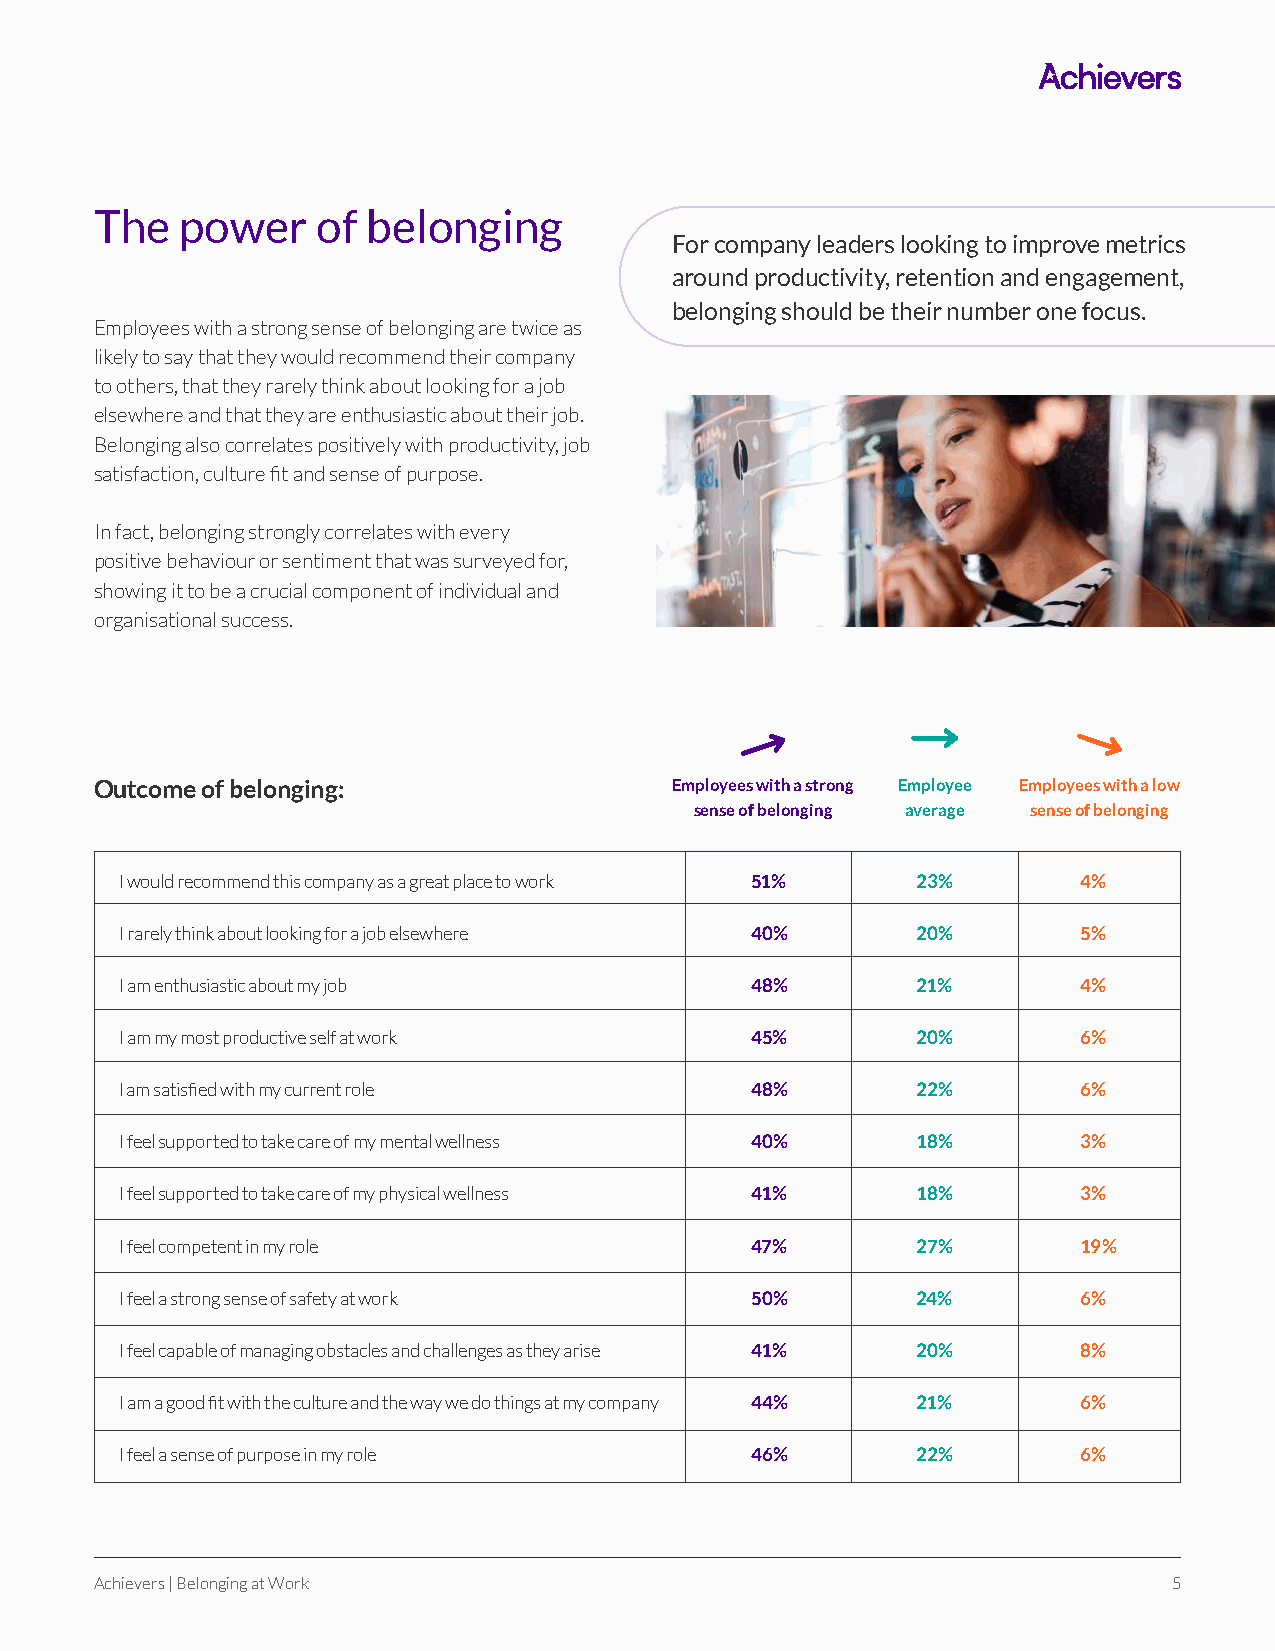
The   power    of belonging
 For company leaders looking to improve metrics
 around productivity, retention and engagement,
 belonging should be their number one focus.
 Employees with a strong sense of belonging are twice as
 likely to say that they would recommend their company
 to others, that they rarely think about looking for a job
 elsewhere and that they are enthusiastic about their job.
 Belonging also correlates positively with productivity, job
 satisfaction, culture fit and sense of purpose.
 In fact, belonging strongly correlates with every
 positive behaviour or sentiment that was surveyed for,
 showing it to be a crucial component of individual and
 organisational success.
 Outcome of belonging:                 Employees with a strong Employee Employees with a low
 sense of belonging average sense of belonging
 I would recommend this company as a great place to work 51% 23% 4%
 I rarely think about looking for a job elsewhere 40% 20%        5%
 I am enthusiastic about my job            48%        21%        4%
 I am my most productive self at work      45%        20%        6%
 I am satisfied with my current role       48%        22%        6%
 I feel supported to take care of my mental wellness 40% 18%     3%
 I feel supported to take care of my physical wellness 41% 18%   3%
 I feel competent in my role               47%        27%        19%
 I feel a strong sense of safety at work   50%        24%        6%
 I feel capable of managing obstacles and challenges as they arise 41% 20% 8%
 I am a good fit with the culture and the way we do things at my company 44% 21% 6%
 I feel a sense of purpose in my role      46%        22%        6%
 Achievers | Belonging at Work                                           5